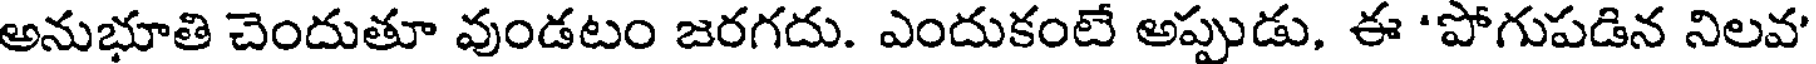
అనుభూతి చెందుతూ వుండటం జరగదు. ఎందుకంటే అప్పుడు, ఈ 'పోగుపడిన నిలవ